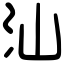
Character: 汕